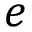
e